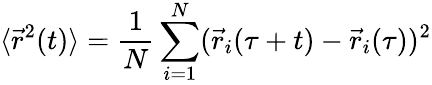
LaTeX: \langle\vec{r}^{2}(t)\rangle=\frac{1}{N}\sum_{i=1}^{N}(\vec{r}_{i}(\tau+t)-\vec{r}_{i}(\tau))^{2}